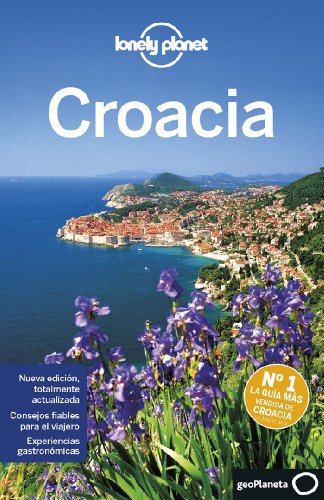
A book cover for Lonely Planet Croacia (Travel Guide) (Spanish Edition); Lonely Planet; Travel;